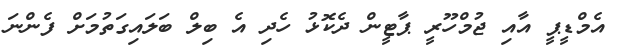
އެމްޑީޕީ އާއި ޖުމްހޫރީ ޕާޓީން ދެކޮޅު ހެދި އެ ބިލް ބަލައިގަތުމަށް ފެންނަ